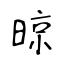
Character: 晾